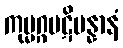
ကုမ္မဂ္ဂပဋိပန္နာနံ